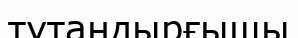
тұтандырғышы